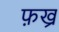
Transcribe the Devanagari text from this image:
फ़ख्र